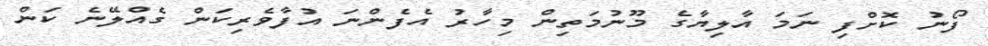
ފޯނު ކޮށްފި ނަމަ އާލިޔާގެ މޫނުމަތިން މިހާރު އެފެންނަ އުފާވެރިކަން ގެއްލޭނެ ކަން